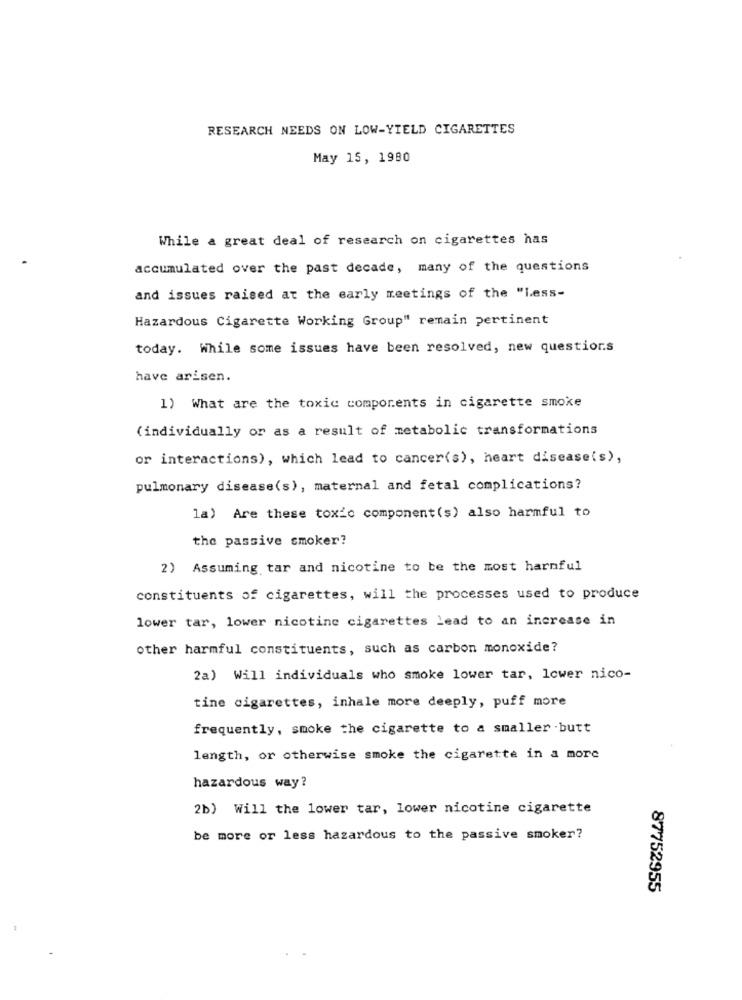
RESEARCH NEEDS ON LOW-YIELD CIGARETTES
May 15, 1980
While a great deal of research on cigarettes has
accumulated over the past decade, many of the questions
and issues raised at the early meetings of the "Less-
Hazardous Cigarette Working Group" remain pertinent
today. While some issues have been resolved, new questior.s
have arisen.
1) What are the toxic components in cigarette smoke
(individually or as a result of metabolic transformations
or interactions), which lead to cancer(s), heart disease(s),
pulmonary disease(s), maternal and fetal complications?
la) Are these toxic component(s) also harmful to
the passive smoker?
2) Assuming tar and nicotine to be the most harmful
constituents of cigarettes, will the processes used to produce
lower tar, lower nicotine cigarettes lead to an increase in
other harmful constituents, such as carbon monoxide?
2a) Will individuals who smoke lower tar, lower nico-
tine cigarettes, inhale more deeply, puff more
frequently, smoke the cigarette to a smaller -butt
length, or otherwise smoke the cigarette in a more
hazardous way?
2b) Will the lower tar, lower nicotine cigarette
be more or less hazardous to the passive smoker?
87752955